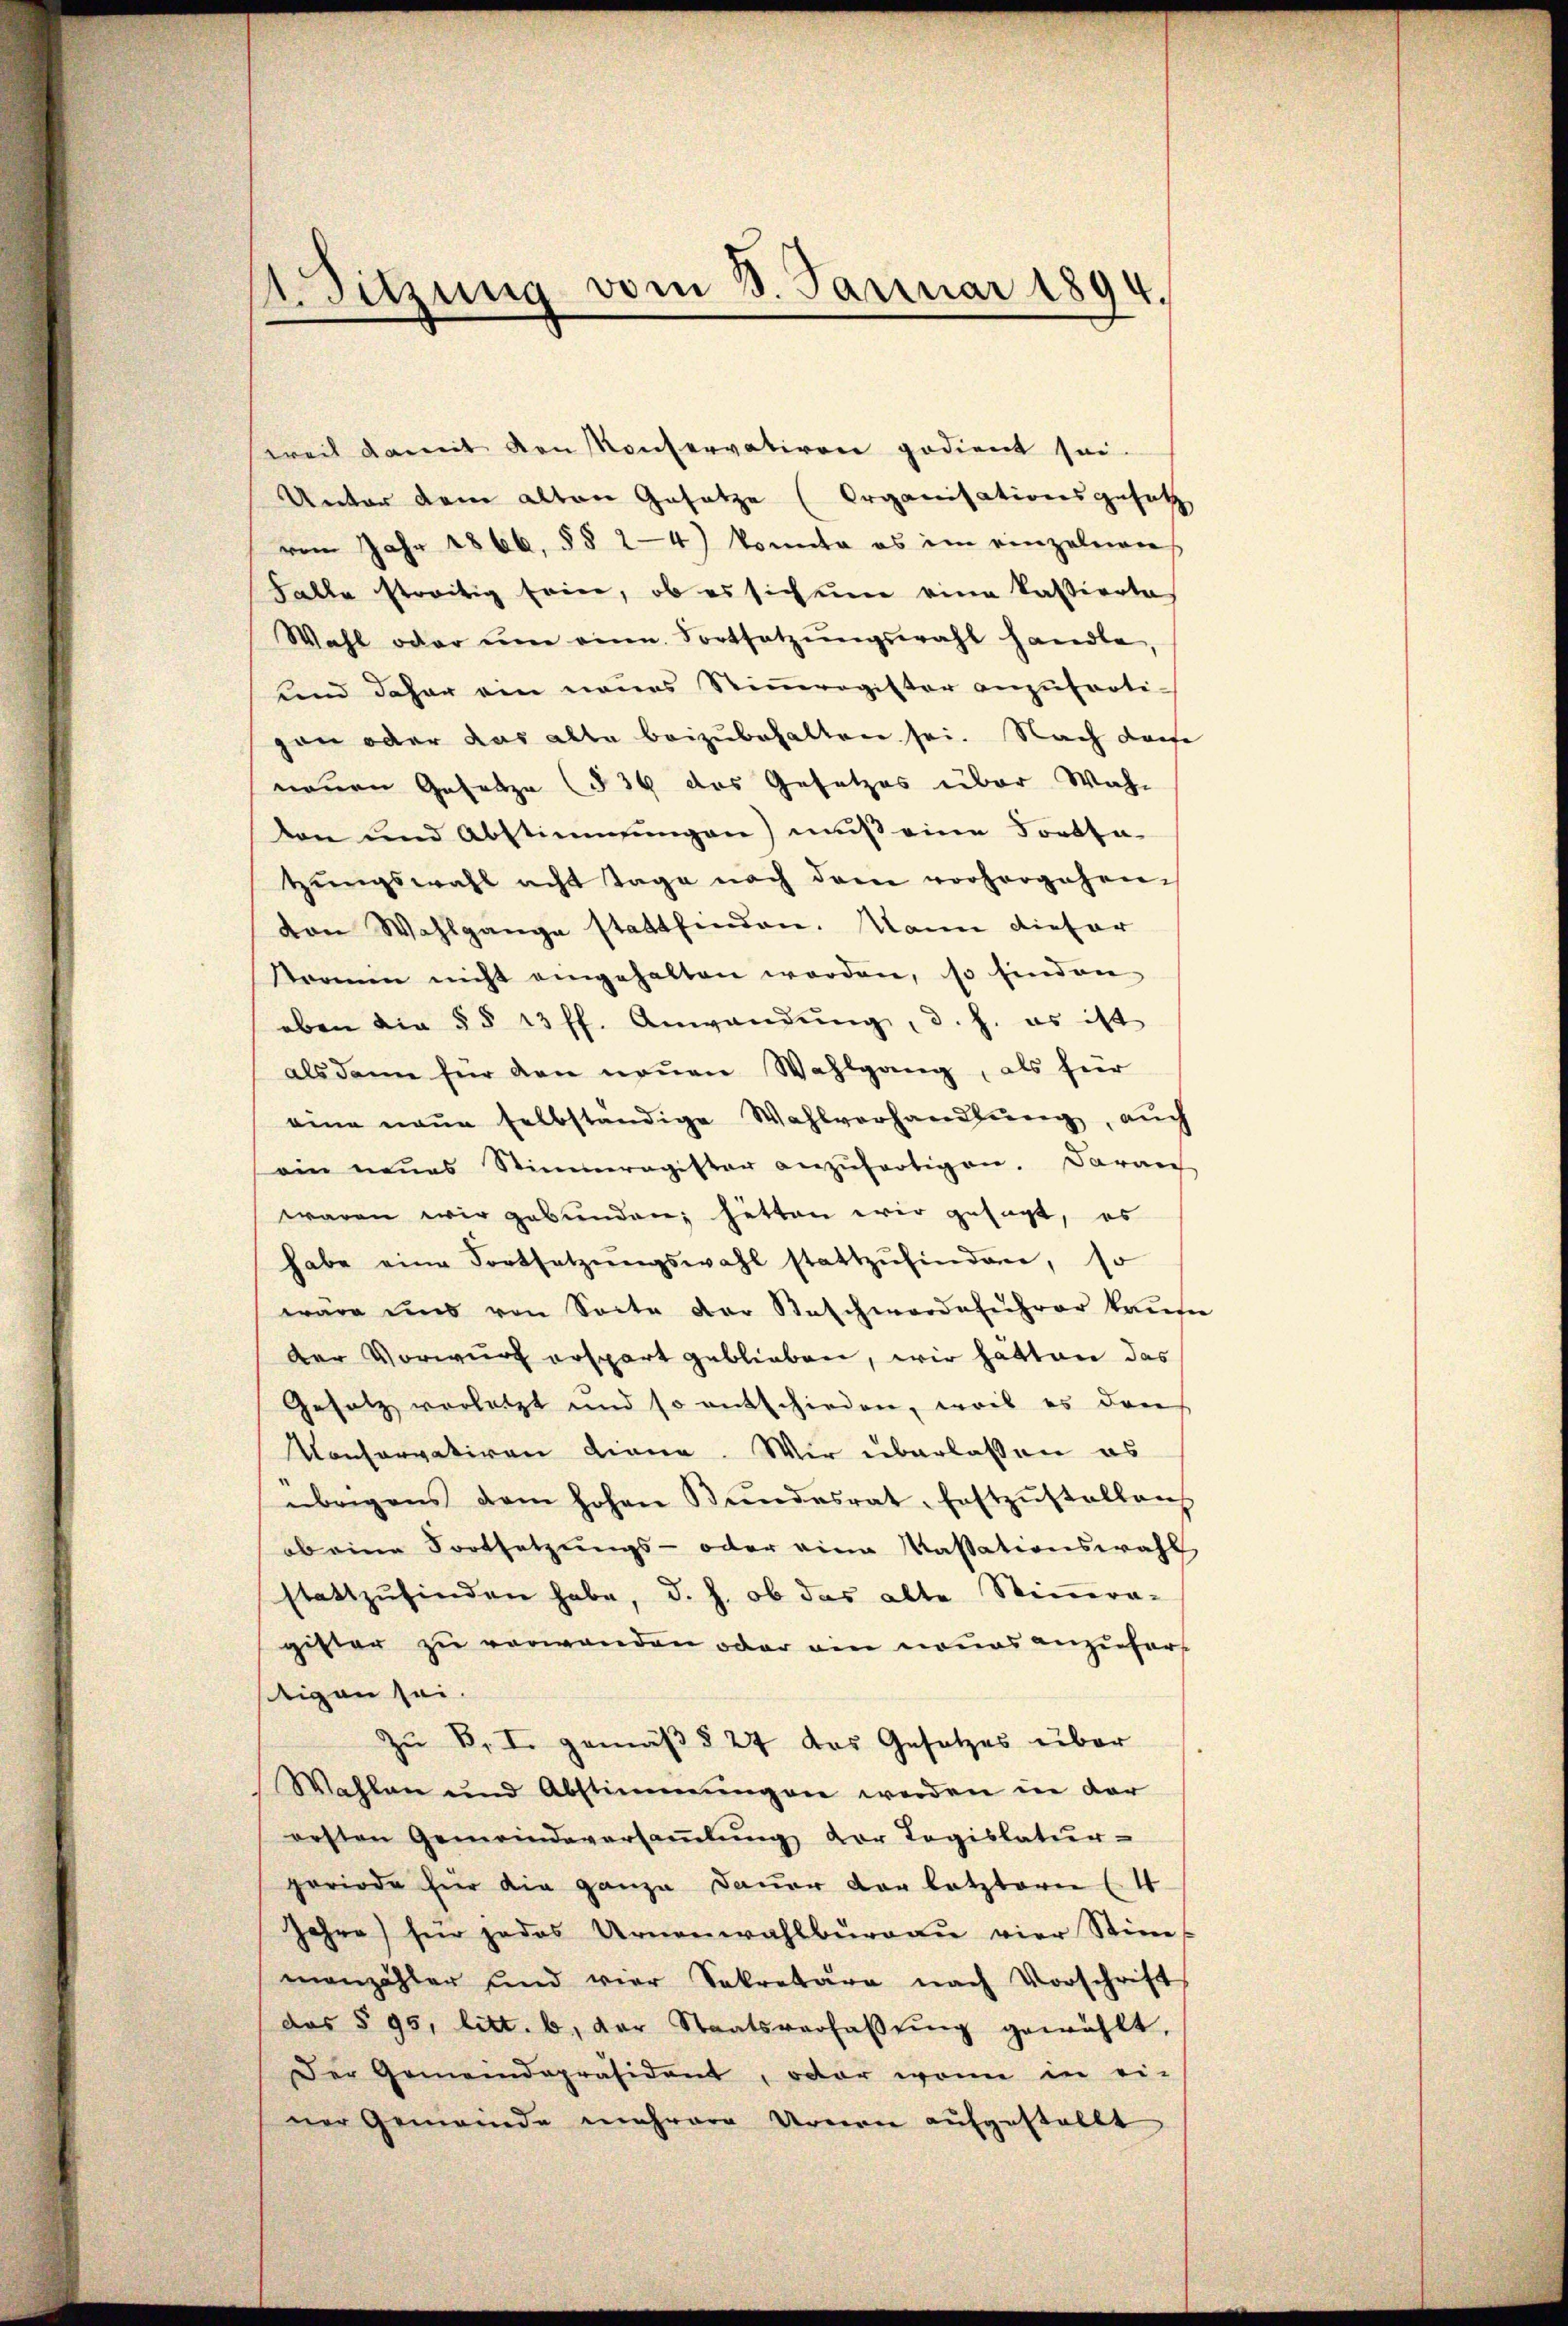
weil damit den Konservativen gedient sei
Unter dem alten Gesetze (Organisationsgesetz
vom Jahr 1866, §§ 24) konnte es im einzelnen
Falle streitig sein, ob es sich um eine kassierte
Wahl oder um eine Fortsetzŭngswahl handle
und daher ein neues Stimmregister anzuferti-
on oder das alte beizubehalten sei. Nach darfe
neuen Gesetze (§ 34 das Gesetzes über Wahr
kon und Abstimmungen) muß eine Forsta
tzŭngswahl acht Tage nach dem vorhergehen.
von Wahlgange stattfinden. Mann dieser
Kommin nicht eingehalten worden, so finden
eben die §§ 13 ff. Anwendŭng, d. h. es ist
als dann für den neuen Wahlgang, als für
eine neŭe selbständige Wahlverhandlŭng, auch
ein neues Stimmregister anzŭfertigen. Daran
waren wir gebunden, hätten wir gesagt, es
habe eine Fortsetzŭngswahl stattzŭfinden, so
wäre und von Secte der Beschwerdeführer kaufe
Der Vorwurf erspart geblieben, wir hätten das
Gesetz vorletzt und so entschieden, weil es dan
onservativen diene. Wir überlassen es
übrigens dem hohen Bŭndesrat festzŭstellens
ob eine Fortsetzungs- oder eine Kassationswahl
stattzŭfinden habe, d. h. ob das alte Stiṁra-
gister zu verwanden oder ein nouas anzufors
tigen sei.
Zu B. I. gemäß § 27 das Gesetzes über
Wahlen und Abstimmŭngen werden in der
orsten Gemeindeversaṁlŭng der Logislatur-
periode für die ganze Dauer der letztern l. 4
Jahre für jedes Urnenwahlbüraŭ vier Stim
manzähler und vier Sekretäre nach Vorschrift
des § 95, litt. b. der Staatsverfassŭng gewählt,
Der Gemeindepräsident, oder wenn in ei-
ner Gemeinde mehrere Armen aufgestellt

A. Sitzung vom 8. Januar 1894.